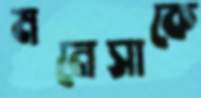
মনেসাকে